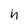
Character: h